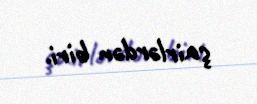
şairlərdən biri.